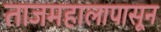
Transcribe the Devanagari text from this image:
ताजमहालापासून